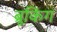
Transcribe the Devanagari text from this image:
ब्रूकिंग